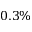
0 . 3 \%